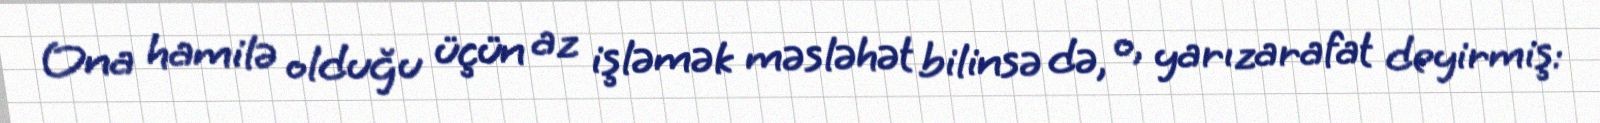
Ona hamilə olduğu üçün az işləmək məsləhət bilinsə də, o, yarızarafat deyirmiş: